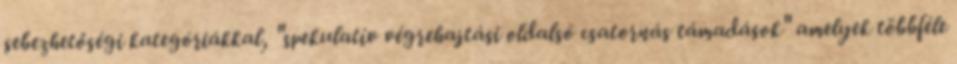
sebezhetőségi kategóriákkal, "spekulatív végrehajtási oldalsó csatornás támadások" amelyek többféle